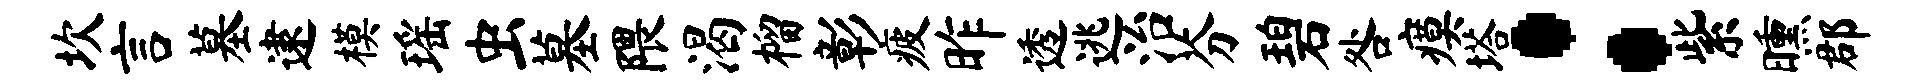
坎言墓逮模瑶虫墓隈渴榴彰疲昨透逃治芬碧咎瘼塔：紫曛郡